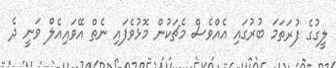
ލީގުގެ ފުރަތަމަ ބުރުގައި އެއްވެސް މެޗަކުން މޮޅުވެފައި ނެތް އޭވައިއެލް ވަނީ ދެ